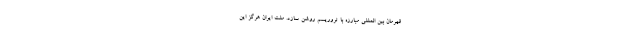
قهرمان بین المللی مبارزه با تروریسم روشن سازد. ملت ایران هرگز این